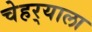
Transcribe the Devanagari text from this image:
चेहर्‍याला